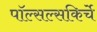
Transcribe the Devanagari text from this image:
पॉल्सल्सकिर्चे